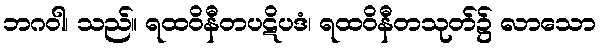
ဘဂဝါ၊ သည်။ ရထဝိနီတပဋိပဒံ၊ ရထဝိနီတသုတ်၌ လာသော